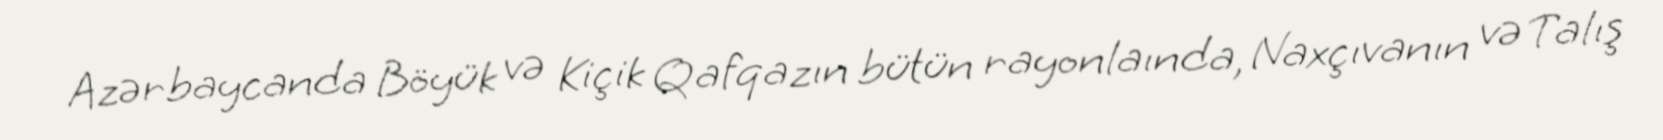
Azərbaycanda Böyük və Kiçik Qafqazın bütün rayonlaında, Naxçıvanın və Talış